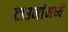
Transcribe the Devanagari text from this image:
टाउनांमध्ये